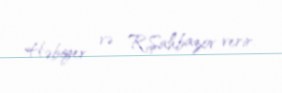
Həbiyev və R.Şahbazov verir.